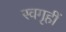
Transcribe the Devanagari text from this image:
स्वगृहीं